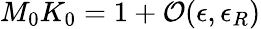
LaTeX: M_{0}K_{0}=1+{\cal O}(\epsilon,\epsilon_{R})